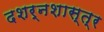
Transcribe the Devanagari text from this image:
दशर्नशास्त्र